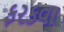
ફરકવા